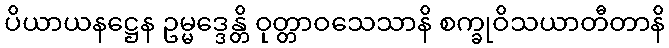
ပိယာယနဋ္ဌေန ဥမ္မဒ္ဒေန္တိ ဝုတ္တာဝသေသာနိ စက္ခုဝိသယာတီတာနိ